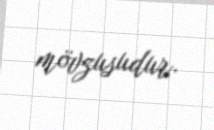
mövzusudur.